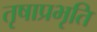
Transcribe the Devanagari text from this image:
तृषाप्रभृति